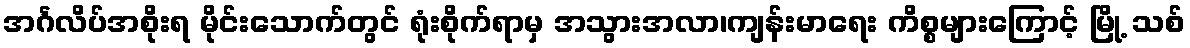
အင်္ဂလိပ်အစိုးရ မိုင်းသောက်တွင် ရုံးစိုက်ရာမှ အသွားအလာ၊ကျန်းမာရေး ကိစ္စများကြောင့် မြို့ သစ်